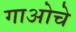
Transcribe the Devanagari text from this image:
गाओचे